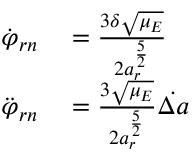
\begin{array} { r l } { \dot { \varphi } _ { r n } } & { { } = \frac { 3 \delta \sqrt { \mu _ { E } } } { 2 a _ { r } ^ { \frac { 5 } { 2 } } } } \\ { \ddot { \varphi } _ { r n } } & { { } = \frac { 3 \sqrt { \mu _ { E } } } { 2 a _ { r } ^ { \frac { 5 } { 2 } } } \dot { \Delta a } } \end{array}